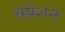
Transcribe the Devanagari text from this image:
सप्रेशन